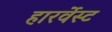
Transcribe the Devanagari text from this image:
हारर्वेस्ट